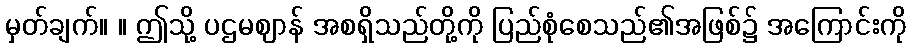
မှတ်ချက်။ ။ ဤသို့ ပဌမဈာန် အစရှိသည်တို့ကို ပြည်စုံစေသည်၏အဖြစ်၌ အကြောင်းကို